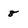
Character: 8